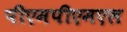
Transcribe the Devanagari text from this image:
पीएमपीएमएल